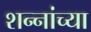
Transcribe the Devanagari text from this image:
शन्नांच्या